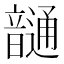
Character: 𩐹